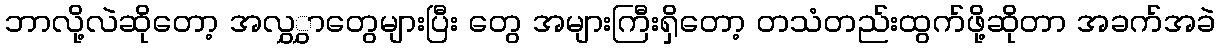
ဘာလို့လဲဆိုတော့ အလွှွှာတွေများပြီး တွေ အများကြီးရှိတော့ တသံတည်းထွက်ဖို့ဆိုတာ အခက်အခဲ